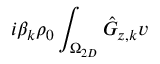
i \beta _ { k } \rho _ { 0 } \int _ { \Omega _ { 2 D } } \hat { G } _ { z , k } v